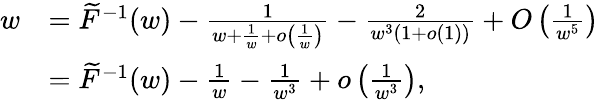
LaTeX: \begin{array}{rl}{w}&{=\widetilde{F}^{-1}(w)-\frac 1{w+\frac 1{w}+o\left(\frac 1{w}\right)}-\frac{2}{w^{3}(1+o(1))}+O\left(\frac 1{w^{5}}\right)}\\ &{=\widetilde{F}^{-1}(w)-\frac 1{w}-\frac 1{w^{3}}+o\left(\frac 1{w^{3}}\right),}\end{array}